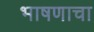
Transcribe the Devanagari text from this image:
भाषणाचा